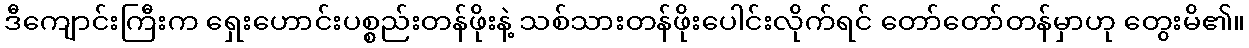
ဒီကျောင်းကြီးက ရှေးဟောင်းပစ္စည်းတန်ဖိုးနဲ့ သစ်သားတန်ဖိုးပေါင်းလိုက်ရင် တော်တော်တန်မှာဟု တွေးမိ၏။